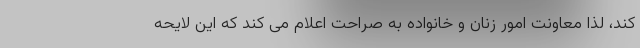
کند، لذا معاونت امور زنان و خانواده به صراحت اعلام می کند که این لایحه